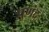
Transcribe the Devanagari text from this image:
पुणंद